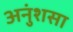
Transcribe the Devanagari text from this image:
अनुंशसा